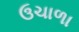
ઉચાળા